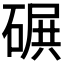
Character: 𥔤